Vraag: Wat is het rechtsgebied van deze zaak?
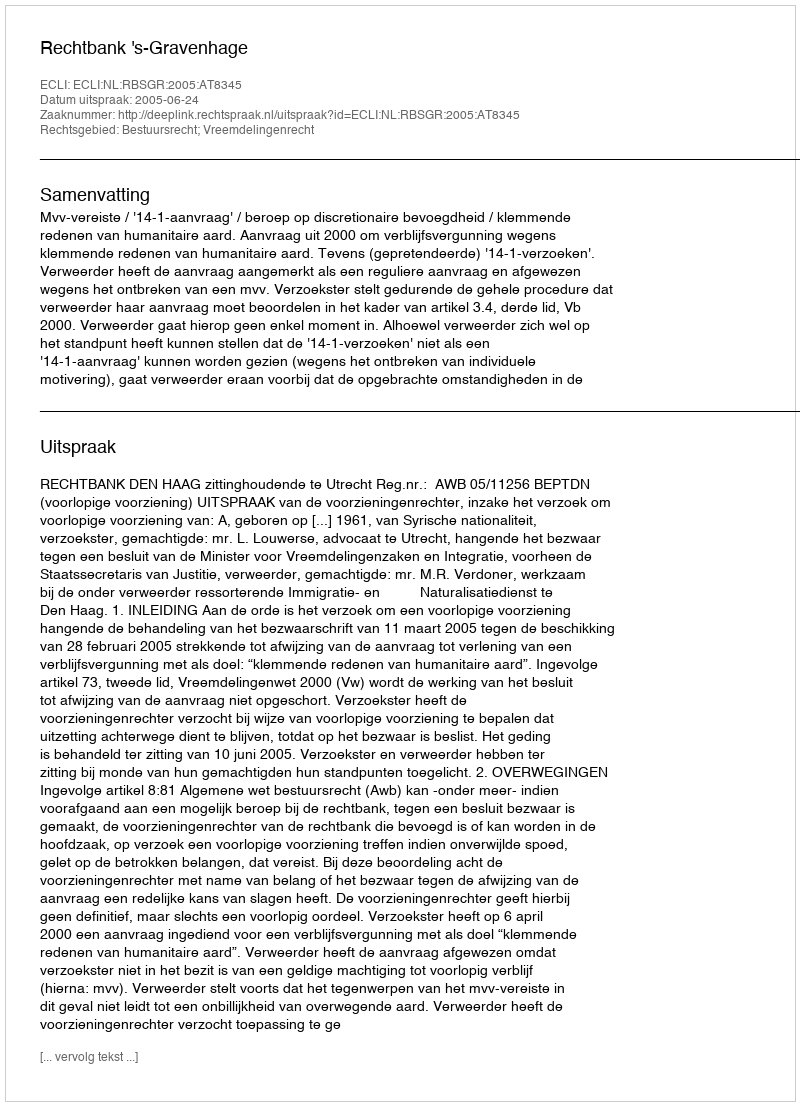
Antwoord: Bestuursrecht; Vreemdelingenrecht